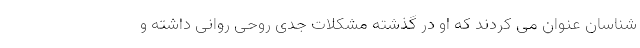
شناسان عنوان می کردند که او در گذشته مشکلات جدی روحی روانی داشته و